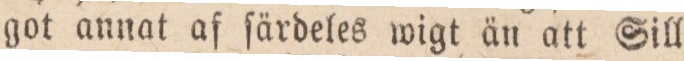
got annat af ſärdeles wigt än att Sill